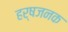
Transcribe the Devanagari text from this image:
हर्षजनक